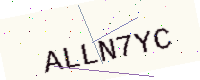
Text: ALLN7YC